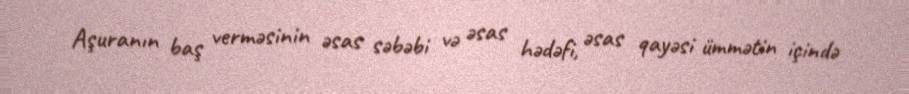
Aşuranın baş verməsinin əsas səbəbi və əsas hədəfi, əsas qayəsi ümmətin içində